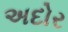
અદોર